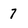
Character: 7